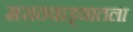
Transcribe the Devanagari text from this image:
मराठवाड्यातला